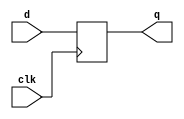
module pos_edge_ff (
    input wire clk,
    input wire d,
    output reg q
);

always @(posedge clk) begin
    q <= d;
end

endmodule